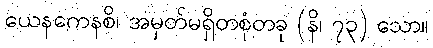
ယေနကေနစိ၊ အမှတ်မရှိတစုံတခု (နိ၊ ၇၃) သော။